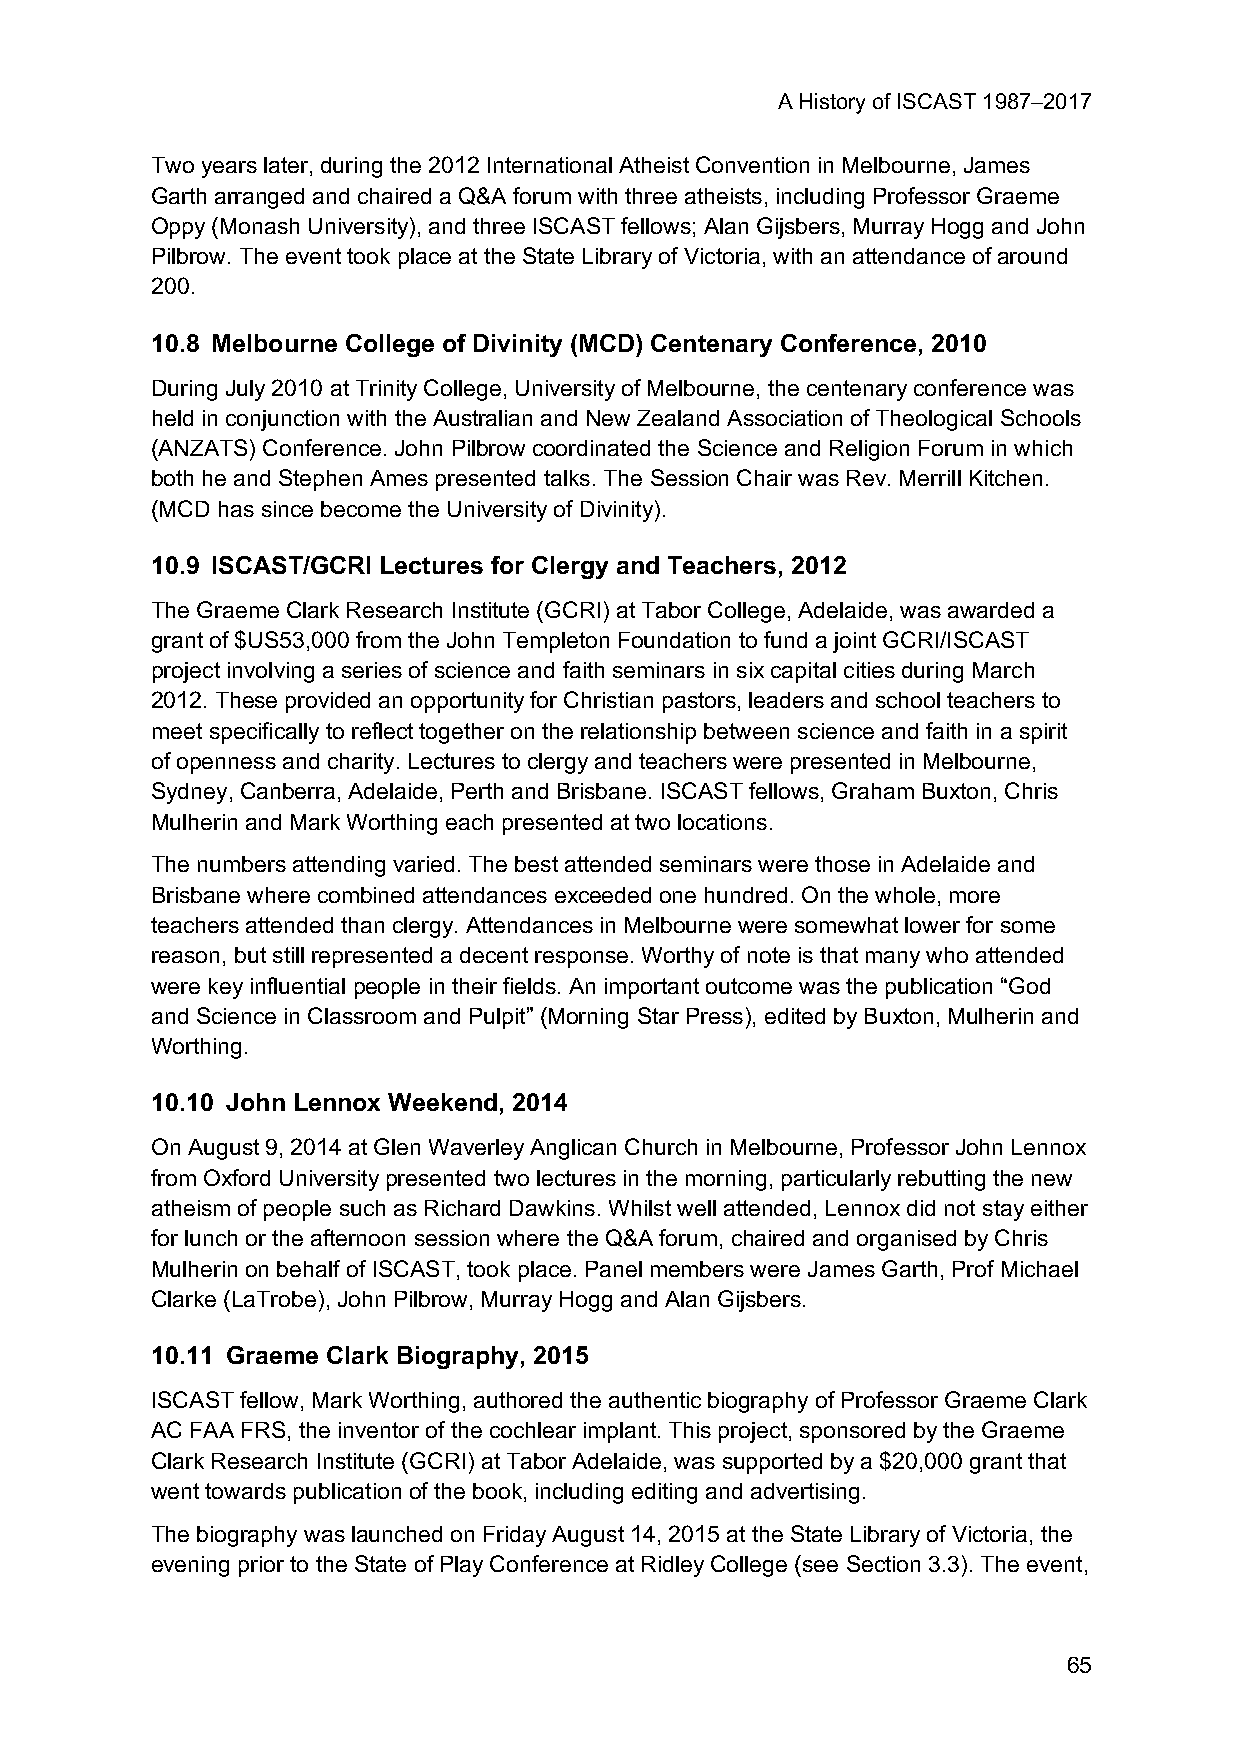
A History of ISCAST 1987–2017
 Two years later, during the 2012 International Atheist Convention in Melbourne, James
 Garth arranged and chaired a Q&A forum with three atheists, including Professor Graeme
 Oppy (Monash University), and three ISCAST fellows; Alan Gijsbers, Murray Hogg and John
 Pilbrow. The event took place at the State Library of Victoria, with an attendance of around
 200.
 10.8 Melbourne College of Divinity (MCD) Centenary Conference, 2010
 During July 2010 at Trinity College, University of Melbourne, the centenary conference was
 held in conjunction with the Australian and New Zealand Association of Theological Schools
 (ANZATS) Conference. John Pilbrow coordinated the Science and Religion Forum in which
 both he and Stephen Ames presented talks. The Session Chair was Rev. Merrill Kitchen.
 (MCD has since become the University of Divinity).
 10.9 ISCAST/GCRI Lectures for Clergy and Teachers, 2012
 The Graeme Clark Research Institute (GCRI) at Tabor College, Adelaide, was awarded a
 grant of $US53,000 from the John Templeton Foundation to fund a joint GCRI/ISCAST
 project involving a series of science and faith seminars in six capital cities during March
 2012. These provided an opportunity for Christian pastors, leaders and school teachers to
 meet specifically to reflect together on the relationship between science and faith in a spirit
 of openness and charity. Lectures to clergy and teachers were presented in Melbourne,
 Sydney, Canberra, Adelaide, Perth and Brisbane. ISCAST fellows, Graham Buxton, Chris
 Mulherin and Mark Worthing each presented at two locations.
 The numbers attending varied. The best attended seminars were those in Adelaide and
 Brisbane where combined attendances exceeded one hundred. On the whole, more
 teachers attended than clergy. Attendances in Melbourne were somewhat lower for some
 reason, but still represented a decent response. Worthy of note is that many who attended
 were key influential people in their fields. An important outcome was the publication “God
 and Science in Classroom and Pulpit” (Morning Star Press), edited by Buxton, Mulherin and
 Worthing.
 10.10 John Lennox Weekend, 2014
 On August 9, 2014 at Glen Waverley Anglican Church in Melbourne, Professor John Lennox
 from Oxford University presented two lectures in the morning, particularly rebutting the new
 atheism of people such as Richard Dawkins. Whilst well attended, Lennox did not stay either
 for lunch or the afternoon session where the Q&A forum, chaired and organised by Chris
 Mulherin on behalf of ISCAST, took place. Panel members were James Garth, Prof Michael
 Clarke (LaTrobe), John Pilbrow, Murray Hogg and Alan Gijsbers.
 10.11 Graeme Clark Biography, 2015
 ISCAST fellow, Mark Worthing, authored the authentic biography of Professor Graeme Clark
 AC FAA FRS, the inventor of the cochlear implant. This project, sponsored by the Graeme
 Clark Research Institute (GCRI) at Tabor Adelaide, was supported by a $20,000 grant that
 went towards publication of the book, including editing and advertising.
 The biography was launched on Friday August 14, 2015 at the State Library of Victoria, the
 evening prior to the State of Play Conference at Ridley College (see Section 3.3). The event,
 65